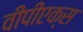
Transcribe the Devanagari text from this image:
वीपीएक्स